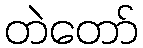
တဲတော်